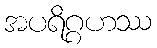
အပရိဂ္ဂဟဿ